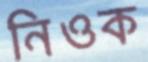
নিওক